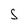
Character: S